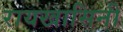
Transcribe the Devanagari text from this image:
रायखासिनी